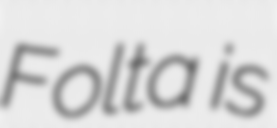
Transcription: Folta is